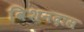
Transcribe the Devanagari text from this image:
विशनदास